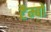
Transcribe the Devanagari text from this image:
टैम्बो